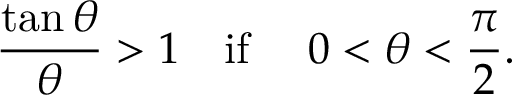
{ \frac { \tan \theta } { \theta } } > 1 \quad { \mathrm { i f ~ } } \quad 0 < \theta < { \frac { \pi } { 2 } } .